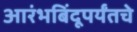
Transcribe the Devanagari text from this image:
आरंभबिंदूपर्यंतचे